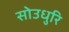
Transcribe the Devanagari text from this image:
सोउधुरि